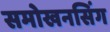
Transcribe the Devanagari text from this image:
समोखनसिंग